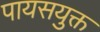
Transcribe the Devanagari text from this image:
पायसयुक्त